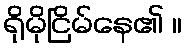
ရိုမိုငြိမ်နေ၏ ။